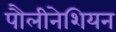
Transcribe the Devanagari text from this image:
पौलीनेशियन